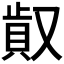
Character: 𠭸